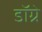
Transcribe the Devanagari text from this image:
डॉग्रे